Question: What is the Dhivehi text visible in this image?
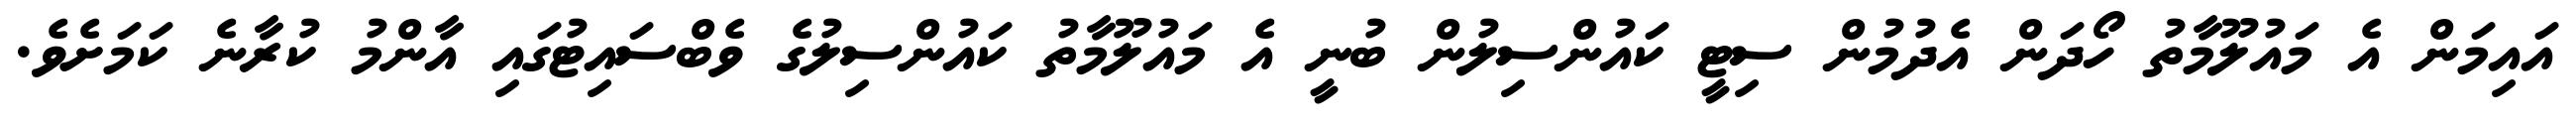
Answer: އައިމަން އެ މައުލޫމާތު ހޯދަން އެދުމުން ސިޓީ ކައުންސިލުން ބުނީ އެ މައުލޫމާތު ކައުންސިލުގެ ވެބްސައިޓުގައި އާންމު ކުރާނެ ކަމަށެވެ.